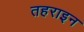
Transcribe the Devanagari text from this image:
तहराइन